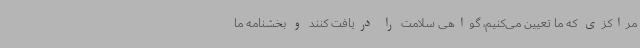
مراکزی که ما تعیین می‌کنیم، گواهی سلامت را دریافت کنند و بخشنامه ما